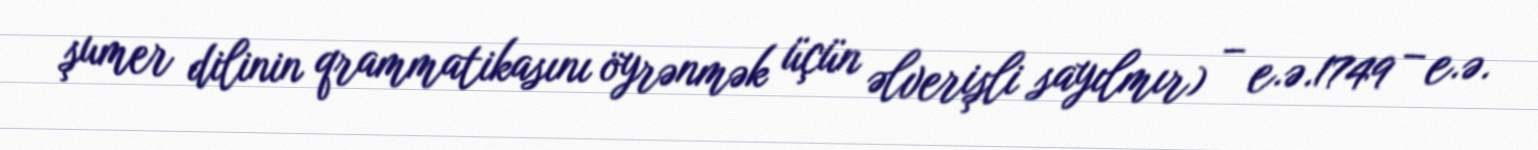
şumer dilinin qrammatikasını öyrənmək üçün əlverişli sayılmır) – e.ə.1749 – e.ə.